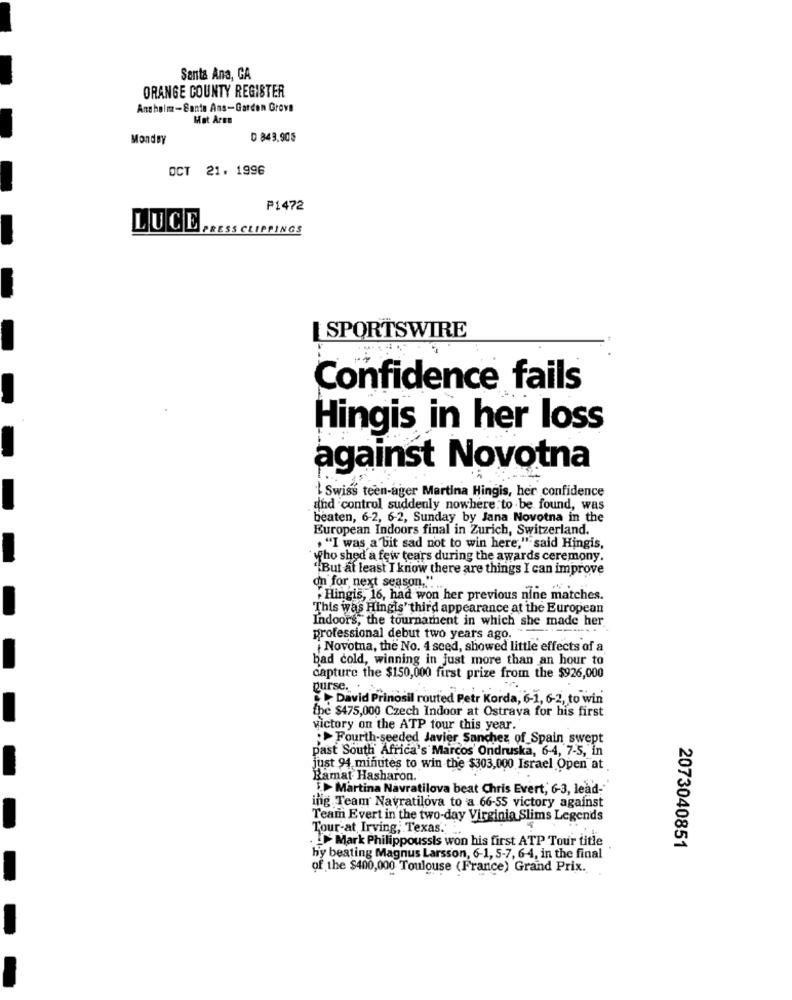
Santa Ana, CA
ORANGE COUNTY REGISTER
Anchelm-Sante Ans-Garden Grove
Mat Arme
MondBY
D 849,905
OCT 21. 1996
P1472
LUCE PRESS CLIPPINGS
-
SPORTSWIRE
Confidence fails
Hingis in her loss
-
against Novotna
'| Swiss teen-ager Martina Hingis, her confidence
and control suddenly nowhere to be found, was
beaten, 6-2, 6-2, Sunday by Jana Novotna in the
European Indoors final in Zurich, Switzerland.
, "I was a bit sad not to win here," said Hingis,
-
'who shed a few tears during the awards ceremony.
"But at least I know there are things I can improve
dn for next season," ...
+ Hingis, 16, had won her previous nine matches.
This was Hingis' third appearance at the European
Indoors, the tournament in which she made her
professional debut two years ago.
Novotna, the No. 4 seed, showed little effects of a
bad cold, winning in just more than an hour to
capture the $150,000 first prize from the $926,000
purse ...
David Prinosil routed Petr Korda, 6-1, 6-2, to win
the $475,000 Czech Indoor at Ostrava for his first
victory on the ATP tour this year.
Fourth-seeded Javier Sanchez of Spain swept
past South Africa's Marcos' Ondruska, 6-4, 7-5, in
just 94 minutes to win the $303,000 Israel Open at
-
Ramat Hasharon.
Martina Navratilova beat Chris Evert, 6-3, lead-"
ing Team Navratilova to a 66-55 victory against
Team Evert in the two-day Virginia Slims Legends
Tour-at Irving, Texas. .
.d Mark Philippoussis won his first ATP Tour title
2073040851
hy beating Magnus Larsson, 6-1, 5-7, 6-4, in the final
of the $400,000 Toulouse (France) Grand Prix.